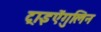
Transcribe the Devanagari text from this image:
ट्राइऐंगुलिन